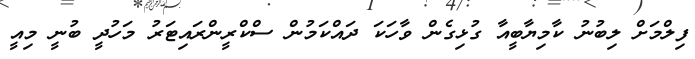
ފިލްމަށް ލިބުނު ކާމިޔާބީއާ ގުޅިގެން ވާހަކަ ދައްކަމުން ސްކްރީންރައިޓަރު މަހުދީ ބުނީ މިއީ